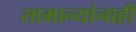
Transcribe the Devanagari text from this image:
सामान्यांनाही